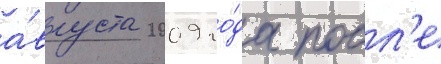
а́вгуста 2009 го́да посл'е